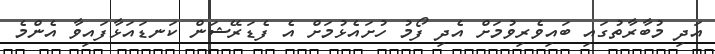
އަދި މުބާރާތުގައި ބައިވެރިވުމަށް އެދި ފޯމު ހުށައެޅުމަށް އެ ފެޑަރޭޝަން ކަނޑައަޅާފައިވާ އެންމެ